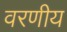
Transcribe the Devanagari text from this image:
वरणीय